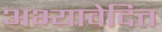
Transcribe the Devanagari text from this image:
अभ्यावेदित